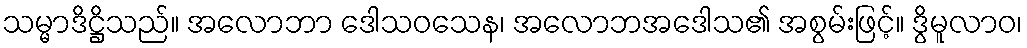
သမ္မာဒိဋ္ဌိသည်။ အလောဘာ ဒေါသဝသေန၊ အလောဘအဒေါသ၏ အစွမ်းဖြင့်။ ဒွိမူလာဝ၊